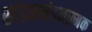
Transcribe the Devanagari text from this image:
खंडनमंडनात्मक